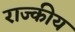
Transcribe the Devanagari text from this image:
राज्कीय